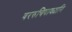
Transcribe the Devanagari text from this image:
वररुचिवाक्यानि